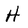
Character: H